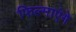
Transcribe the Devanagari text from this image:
फिल्माएंगे